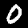
Digit: 0